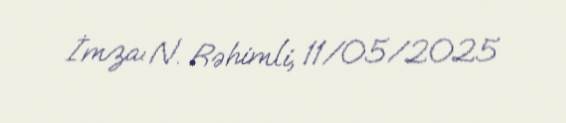
İmza: N. Rəhimli, 11/05/2025